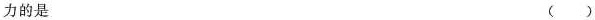
力的是（）